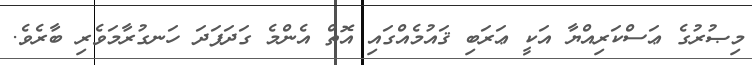
މިޞުރުގެ ޢަސްކަރިއްޔާ އަކީ ޢަރަބި ޤައުމެއްގައި އޮތް އެންމެ ގަދަފަދަ ހަނގުރާމަވެރި ބާރެވެ.